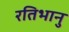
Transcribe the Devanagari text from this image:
रतिभानु